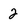
Character: 2